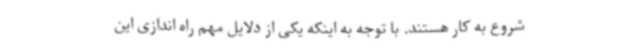
شروع به کار هستند. با توجه به اینکه یکی از دلایل مهم راه اندازی این